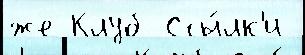
же Клуб Ссы́лк'и